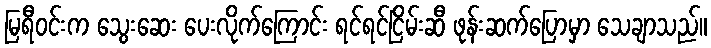
မြရီဝင်းက သွေးဆေး ပေးလိုက်ကြောင်း ရင်ရင်ငြိမ်းဆီ ဖုန်းဆက်ပြောမှာ သေချာသည်။